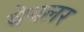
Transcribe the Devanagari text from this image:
वेयलर